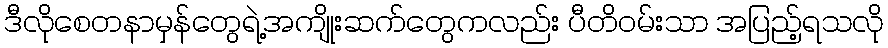
ဒီလိုစေတနာမှန်တွေရဲ့အကျိုးဆက်တွေကလည်း ပီတိဝမ်းသာ အပြည့်ရသလို